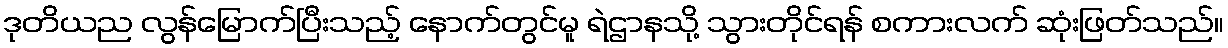
ဒုတိယည လွန်မြောက်ပြီးသည့် နောက်တွင်မူ ရဲဌာနသို့ သွားတိုင်ရန် စကားလက် ဆုံးဖြတ်သည်။